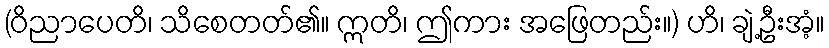
(ဝိညာပေတိ၊ သိစေတတ်၏။ ဣတိ၊ ဤကား အဖြေတည်း။) ဟိ၊ ချဲ့ဦးအံ့။